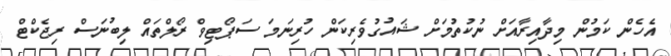
އެހެން ކަމުން މިދާއިރާއަށް ނުކުތުމަށް ޝައުގުވެރިކަން ހުރިނަމަ ސަޕޯޓިވް ރޯލްތައް ލިބުނަސް ރިޖެކްޓް